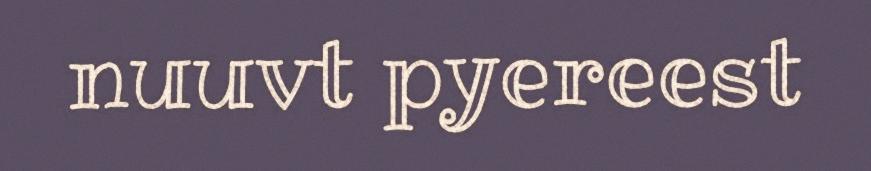
nuuvt pyereest